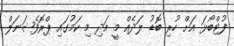
ފުޓްބޯޅަ އަށް ހުރި ބޮޑު ލަދެއް މީ އަދި މި ކަމުގައި ޕްރޮފެޝަނަލް